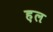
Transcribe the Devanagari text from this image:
ह़ल